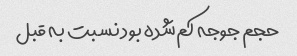
حجم جوجه کم‌شده بود نسبت به قبل